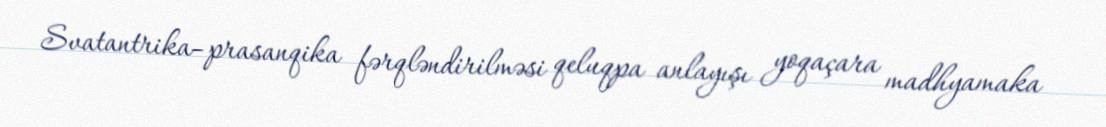
Svatantrika–prasanqika fərqləndirilməsi qeluqpa anlayışı yoqaçara madhyamaka